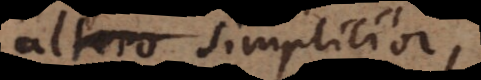
altero simplicior,